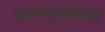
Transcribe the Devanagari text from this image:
आत्मानुसंधानियों